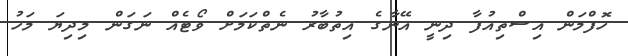
ހޮފްމަން އިސްތިއުފާ ދިނީ އޭނާގެ އިތުބާރު ނެތްކަމަށް ވޯޓެއް ނަގަން މިދިޔަ މަހު